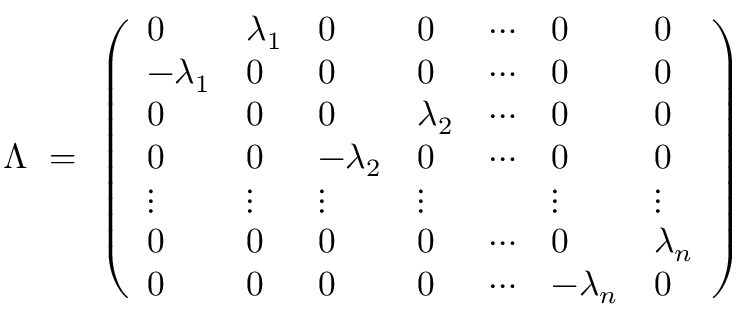
\begin{array} { r } { \Lambda \, \, = \, \, \left( \begin{array} { l l l l l l l } { 0 } & { \lambda _ { 1 } } & { 0 } & { 0 } & { \cdots } & { 0 } & { 0 } \\ { - \lambda _ { 1 } } & { 0 } & { 0 } & { 0 } & { \cdots } & { 0 } & { 0 } \\ { 0 } & { 0 } & { 0 } & { \lambda _ { 2 } } & { \cdots } & { 0 } & { 0 } \\ { 0 } & { 0 } & { - \lambda _ { 2 } } & { 0 } & { \cdots } & { 0 } & { 0 } \\ { \vdots } & { \vdots } & { \vdots } & { \vdots } & & { \vdots } & { \vdots } \\ { 0 } & { 0 } & { 0 } & { 0 } & { \cdots } & { 0 } & { \lambda _ { n } } \\ { 0 } & { 0 } & { 0 } & { 0 } & { \cdots } & { - \lambda _ { n } } & { 0 } \end{array} \right) } \end{array}